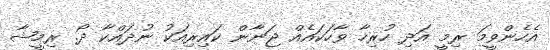
އެހެންވީމަ ރިމީ އަދި ހުރިހާ ވާހަކައެއް ޖަނާން ކައިރިއަކު ނުދައްކާ ދޯ. ރިމީޝާ